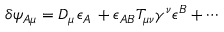
\delta \psi _ { A \mu } = { D } _ { \mu } \, \epsilon _ { A } \, + \epsilon _ { A B } T _ { \mu \nu } \gamma ^ { \nu } \epsilon ^ { B } + \cdots